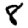
Digit: 8